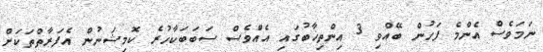
ނަމަވެސް އެންމެ ފަހުން ބޭއްވި 3 އިންތިޚާބުގައި އެއްވެސް ސަބަބަކާހުރެ ކޮމިޝަނުން އެފަރާތްތަކަށް